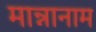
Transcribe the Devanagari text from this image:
मान्नानाम